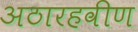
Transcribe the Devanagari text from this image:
अठारहवीण